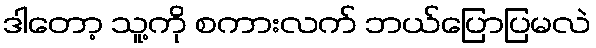
ဒါတော့ သူ့ကို စကားလက် ဘယ်ပြောပြမလဲ